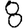
Digit: 8